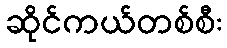
ဆိုင်ကယ်တစ်စီး